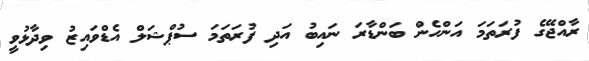
ރާއްޖޭގެ ފުރަތަމަ އަންހެން ބަންޑާރަ ނައިބު އަދި ފުރަތަމަ ސުޕްޝަލް އެޑްވައިޒު ވިދާޅުވީ